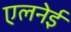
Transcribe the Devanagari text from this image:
एलनेई